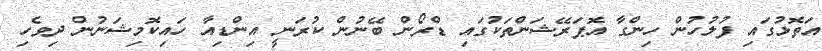
އަތޮޅުގައި ފުލުހުން ހިންގާ އޮޕަރޭޝަންތަކުގައި ޑްރޯން ބޭނުން ކުރަނީ އިންޑިއާ ހައިކޮމިޝަނުން ދިވެހި